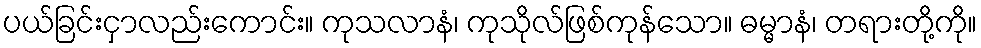
ပယ်ခြင်းငှာလည်းကောင်း။ ကုသလာနံ၊ ကုသိုလ်ဖြစ်ကုန်သော။ ဓမ္မာနံ၊ တရားတို့ကို။